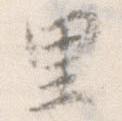
里